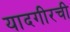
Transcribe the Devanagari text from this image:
यादगीरची